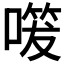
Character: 𭊔